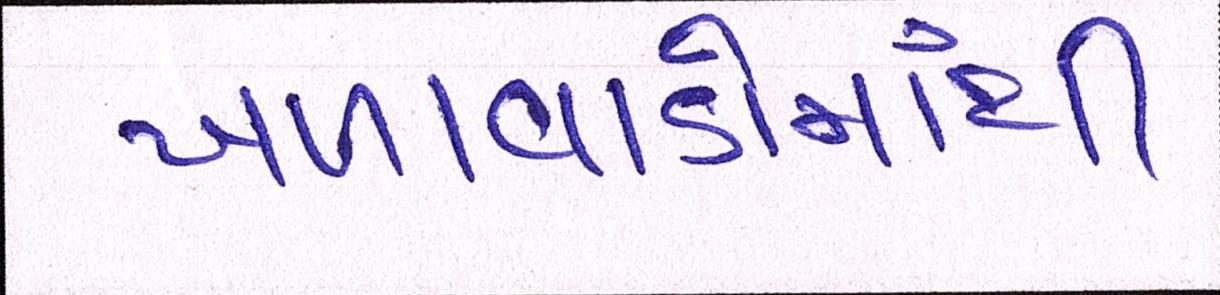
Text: ખળાવાડોમાંથી